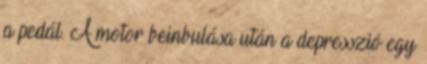
a pedál. A motor beinbulása után a depresszió egy